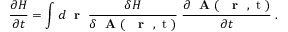
\frac { \partial H } { \partial t } = \int d \mathrm { ~ \bf ~ r ~ } \; \frac { \delta H } { \delta \mathrm { ~ \bf ~ A ~ } ( \mathrm { ~ { ~ \bf ~ r ~ } ~ , ~ t ~ } ) } \; \frac { \partial \mathrm { ~ \bf ~ A ~ } ( \mathrm { ~ { ~ \bf ~ r ~ } ~ , ~ t ~ } ) } { \partial t } \; .